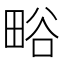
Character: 𭻗